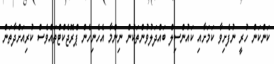
ކަންކަން ހުރީ ނުފެށިވާ ކަމަށާއި ކައުންސިލް ބައްދަލުވުންތަކުން ނިންމާ އެހެނިހެން ޕްރޮޖެކްޓްތައްވެސް ކުރިއަށްދާތަން